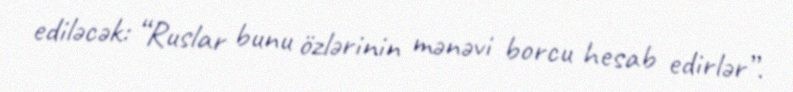
ediləcək: “Ruslar bunu özlərinin mənəvi borcu hesab edirlər”.